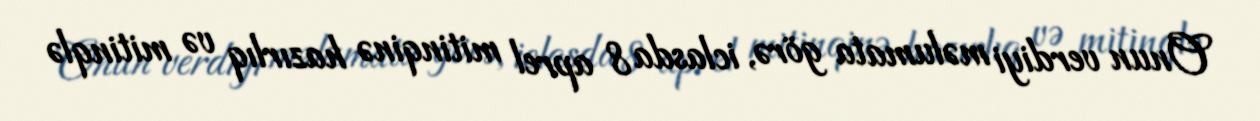
Onun verdiyi məlumata görə, iclasda 8 aprel mitinqinə hazırlıq və mitinqlə